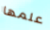
علمها